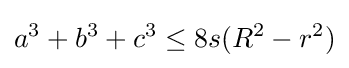
a^{3}+b^{3}+c^{3}\leq 8s(R^{2}-r^{2})